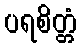
ပရစိတ္တံ